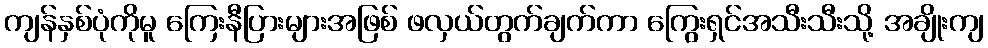
ကျန်နှစ်ပုံကိုမူ ကြေးနီပြားများအဖြစ် ဖလှယ်တွက်ချက်ကာ ကြွေးရှင်အသီးသီးသို့ အချိုးကျ